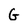
Character: G